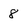
Character: 8